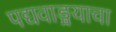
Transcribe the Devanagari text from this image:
पद्यवाङ्मयाचा